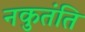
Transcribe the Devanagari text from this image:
नकुतंति